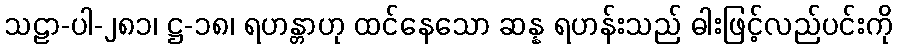
သဠာ-ပါ-၂၈၁၊ ဋ္ဌ-၁၈၊ ရဟန္တာဟု ထင်နေသော ဆန္န ရဟန်းသည် ဓါးဖြင့်လည်ပင်းကို